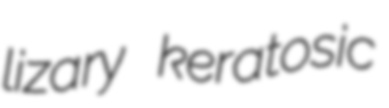
lizary keratosic